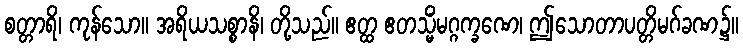
စတ္တာရိ၊ ကုန်သော။ အရိယသစ္စာနိ၊ တို့သည်။ ဧတ္ထ ဧတသ္မိံမဂ္ဂက္ခဏေ၊ ဤသောတာပတ္တိမဂ်ခဏ၌။